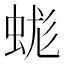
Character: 蛖